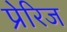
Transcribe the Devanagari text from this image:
प्रेरिज